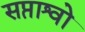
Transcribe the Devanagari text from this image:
सप्ताश्वो